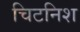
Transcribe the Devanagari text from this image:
चिटनिश